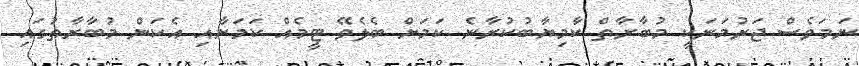
ނަމަވެސް ޖަރުމަނަކީ މުބާރާތް ކާމިޔާބުކުރާނެ ކަމަށް ބެލެވޭ ޓީމެއް ކަމަށާއި އެކަން މުބާރާތުގައި